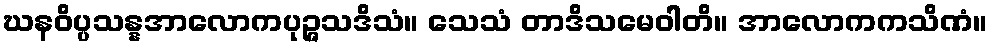
ဃနဝိပ္ပသန္နအာလောကပုဉ္ဇသဒိသံ။ သေသံ တာဒိသမေဝါတိ။ အာလောကကသိဏံ။